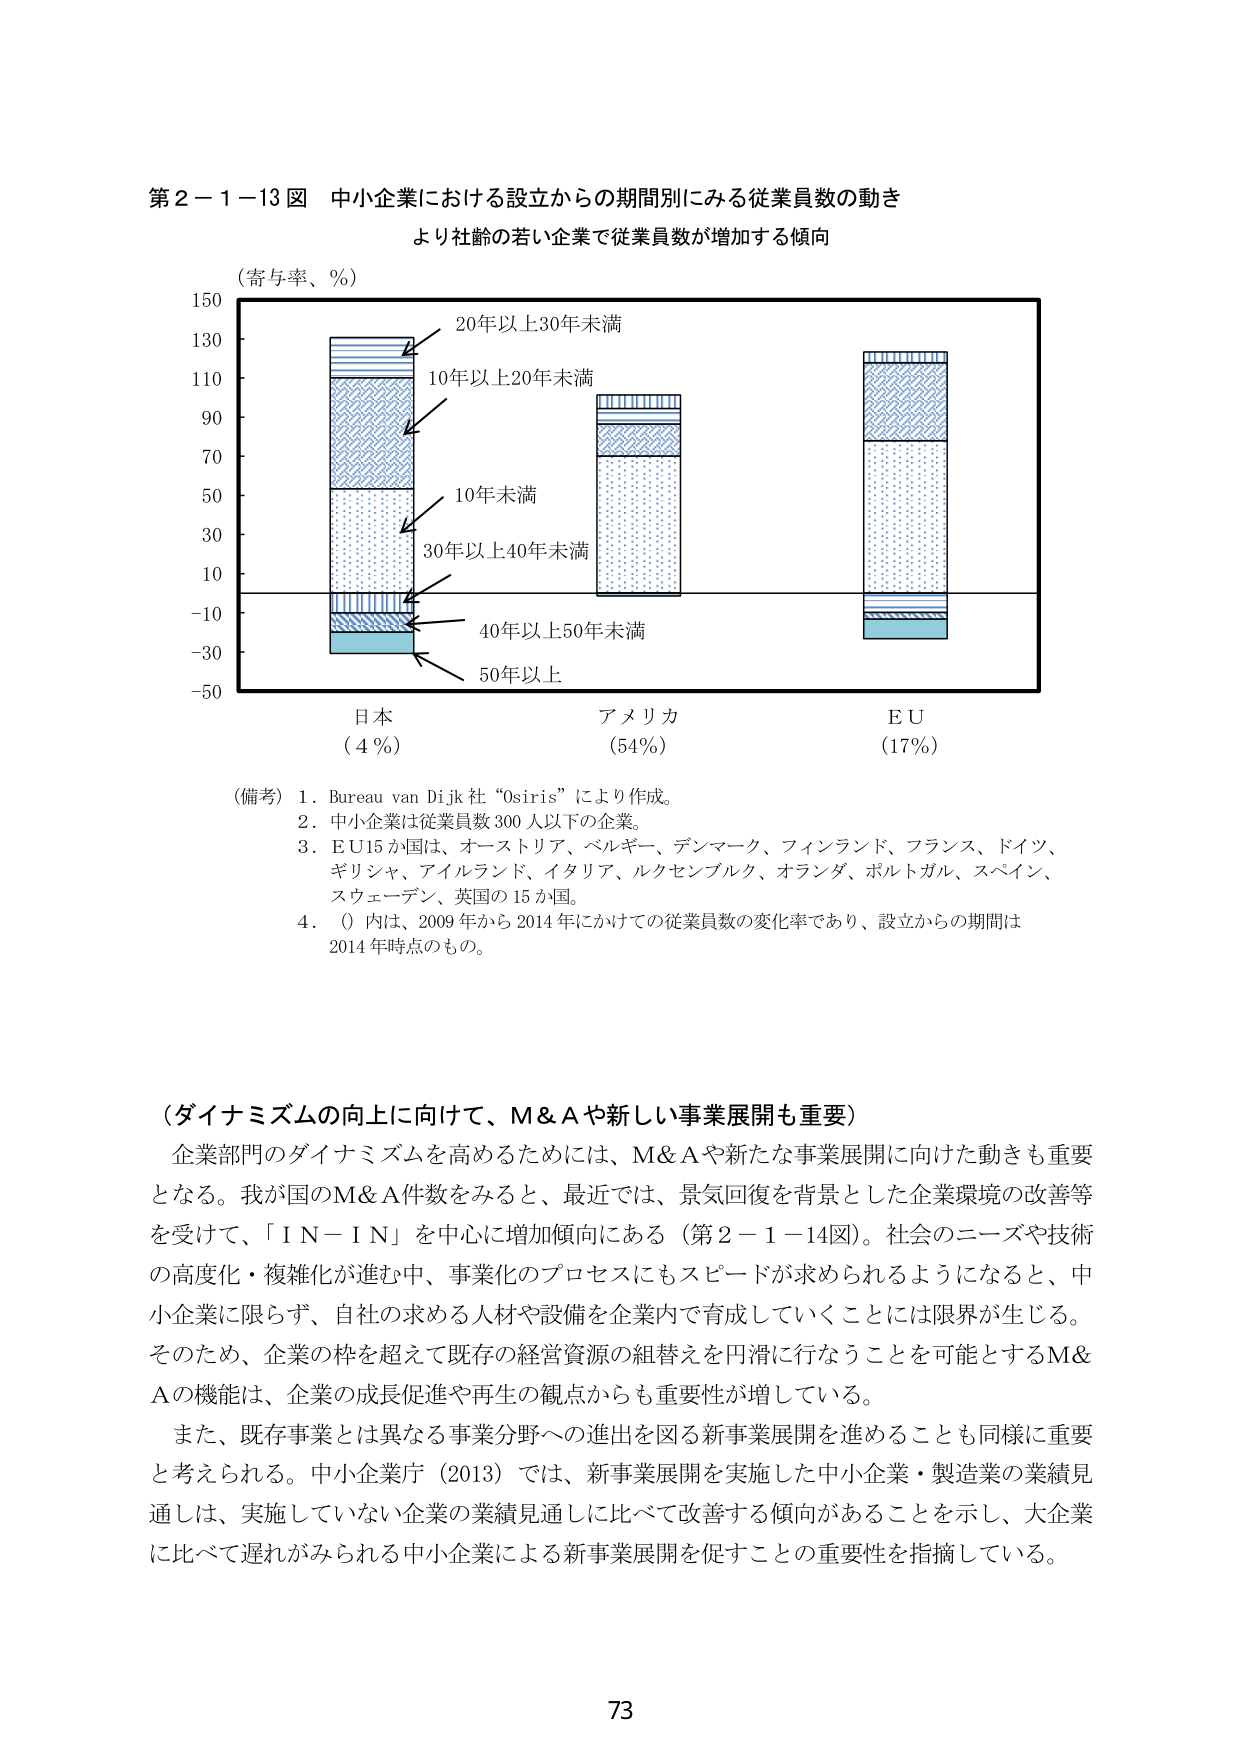
第２－１－１３図 中小企業における設立からの期間別にみる従業員数の動き
より社齢の若い企業で従業員数が増加する傾向

（寄与率、％）

20年以上30年未満
10年以上20年未満
10年未満
30年以上40年未満
40年以上50年未満
50年以上

日本
（４％）

アメリカ
（54％）

ＥＵ
（17％）

（備考）１．Bureau van Dijk社 “Osiris” により作成。
２．中小企業は従業員数300人以下の企業。
３．ＥＵ15か国は、オーストリア、ベルギー、デンマーク、フィンランド、フランス、ドイツ、
ギリシャ、アイルランド、イタリア、ルクセンブルク、オランダ、ポルトガル、スペイン、
スウェーデン、英国の15か国。
４．（）内は、2009年から2014年にかけての従業員数の変化率であり、設立からの期間は
2014年時点のもの。

（ダイナミズムの向上に向けて、Ｍ＆Ａや新しい事業展開も重要）
企業部門のダイナミズムを高めるためには、Ｍ＆Ａや新たな事業展開に向けた動きも重要
となる。我が国のＭ＆Ａ件数をみると、最近では、景気回復を背景とした企業環境の改善等
を受けて、「ＩＮ－ＩＮ」を中心に増加傾向にある（第２－１－１４図）。社会のニーズや技術
の高度化・複雑化が進む中、事業化のプロセスにもスピードが求められるようになると、中
小企業に限らず、自社の求める人材や設備を企業内で育成していくことには限界が生じる。
そのため、企業の枠を超えて既存の経営資源の組替えを円滑に行なうことを可能とするＭ＆
Ａの機能は、企業の成長促進や再生の観点からも重要性が増している。
また、既存事業とは異なる事業分野への進出を図る新事業展開を進めることも同様に重要
と考えられる。中小企業庁（2013）では、新事業展開を実施した中小企業・製造業の業績見
通しは、実施していない企業の業績見通しに比べて改善する傾向があることを示し、大企業
に比べて遅れがみられる中小企業による新事業展開を促すことの重要性を指摘している。

73